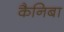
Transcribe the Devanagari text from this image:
कैनिबा